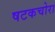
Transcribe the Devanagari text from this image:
षटकचोरा